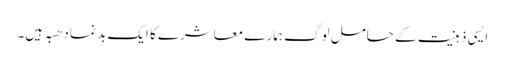
ایسی ذہنیت کے حامل لوگ ہمارے معاشرے کا ایک بد نما دھبہ ہیں۔